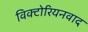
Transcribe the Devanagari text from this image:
विक्टोरियनवाद